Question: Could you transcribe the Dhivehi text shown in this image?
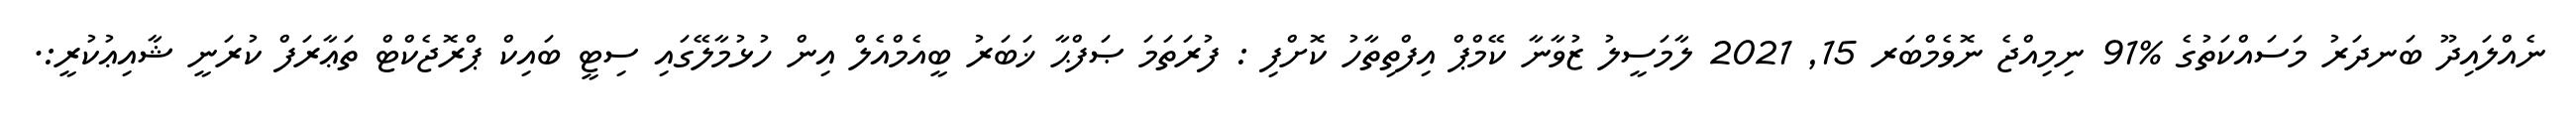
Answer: ނެއްލައިދޫ ބަނދަރު މަސައްކަތުގެ %91 ނިމިއްޖެ ނޮވެމްބަރ 15, 2021 ލާމަސީލު ޒުވާނާ ކޭމްޕް އިފްތިތާހު ކޮށްފި : ފުރަތަމަ ޞަފްޙާ ޚަބަރު ބީއެމްއެލް އިން ހުޅުމާލޭގައި ސިޓީ ބައިކް ޕްރޮޖެކްޓް ތަޢާރަފް ކުރަނީ ޝާއިޢުކުރީ:.